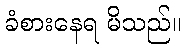
ခံစားနေရ မိသည်။